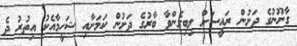
ގާނޫނުގެ ދަށުން ރައީސަށް ލިބިގެންވާ ބާރުގެ ދަށުން ކަމަށާއި ޝަހީމާއެކު އިތުރު ދެ